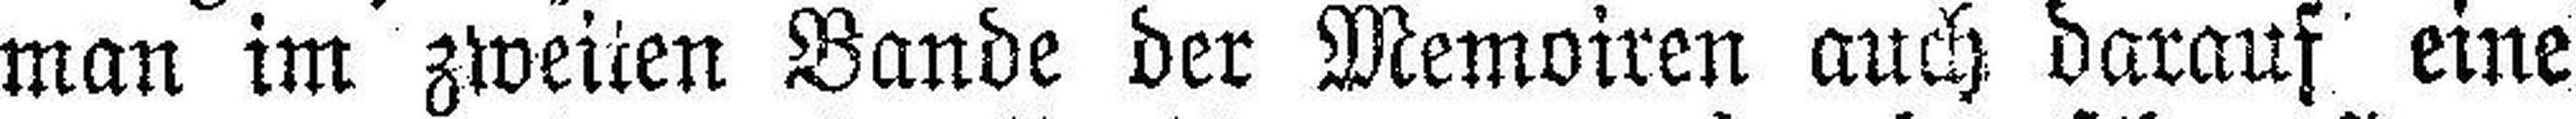
man im zweiten Bande der Memoiren auch darauf eine